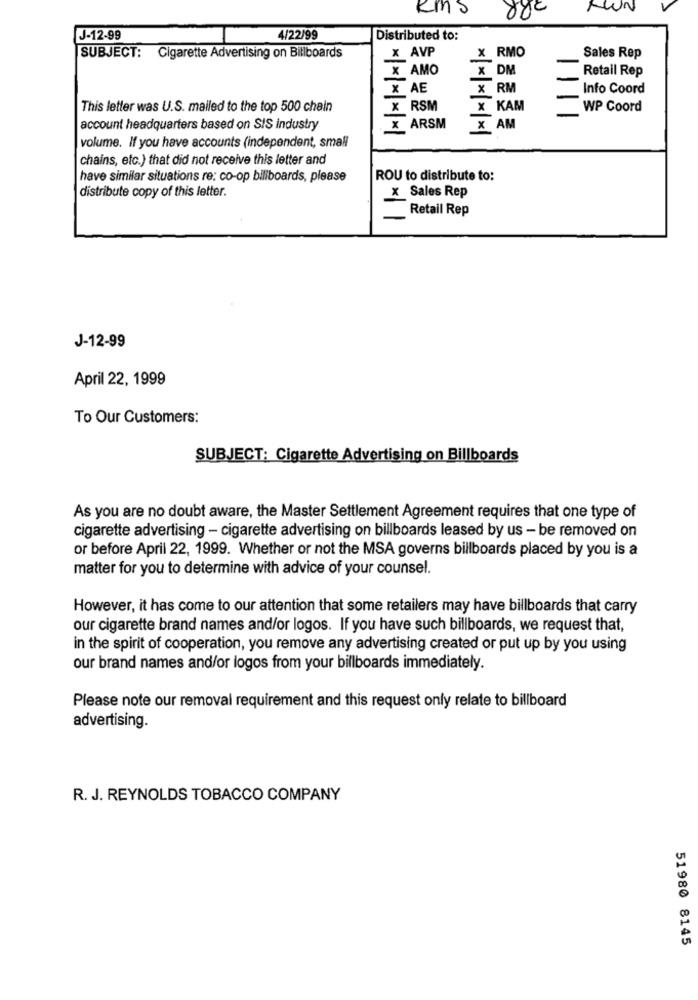
kms
J-12-99
4/22/99
Distributed to:
:AVP
X RMO
SUBJECT: Cigarette Advertising on Billboards
Sales Rep
X AMO
x DM
Retail Rep
X AE
X RM
Info Coord
This letter was U.S. mailed to the top 500 chain
x RSM
X KAM
WP Coord
account headquarters based on SIS industry
X ARSM
X AM
volume. If you have accounts (independent, small
chains, etc.) that did not receive this letter and
have similar situations re: co-op billboards, please
ROU to distribute to:
distribute copy of this letter.
x Sales Rep
Retail Rep
J-12-99
April 22, 1999
To Our Customers:
SUBJECT: Cigarette Advertising on Billboards
As you are no doubt aware, the Master Settlement Agreement requires that one type of
cigarette advertising - cigarette advertising on billboards leased by us - be removed on
or before April 22, 1999. Whether or not the MSA governs billboards placed by you is a
matter for you to determine with advice of your counsel.
However, it has come to our attention that some retailers may have billboards that carry
our cigarette brand names and/or logos. If you have such billboards, we request that,
in the spirit of cooperation, you remove any advertising created or put up by you using
our brand names and/or logos from your billboards immediately.
Please note our removal requirement and this request only relate to billboard
advertising.
R. J. REYNOLDS TOBACCO COMPANY
51980 8145